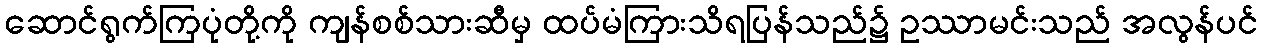
ဆောင်ရွက်ကြပုံတို့ကို ကျန်စစ်သားဆီမှ ထပ်မံကြားသိရပြန်သည်၌ ဥဿာမင်းသည် အလွန်ပင်